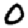
Digit: 0